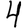
Digit: 4